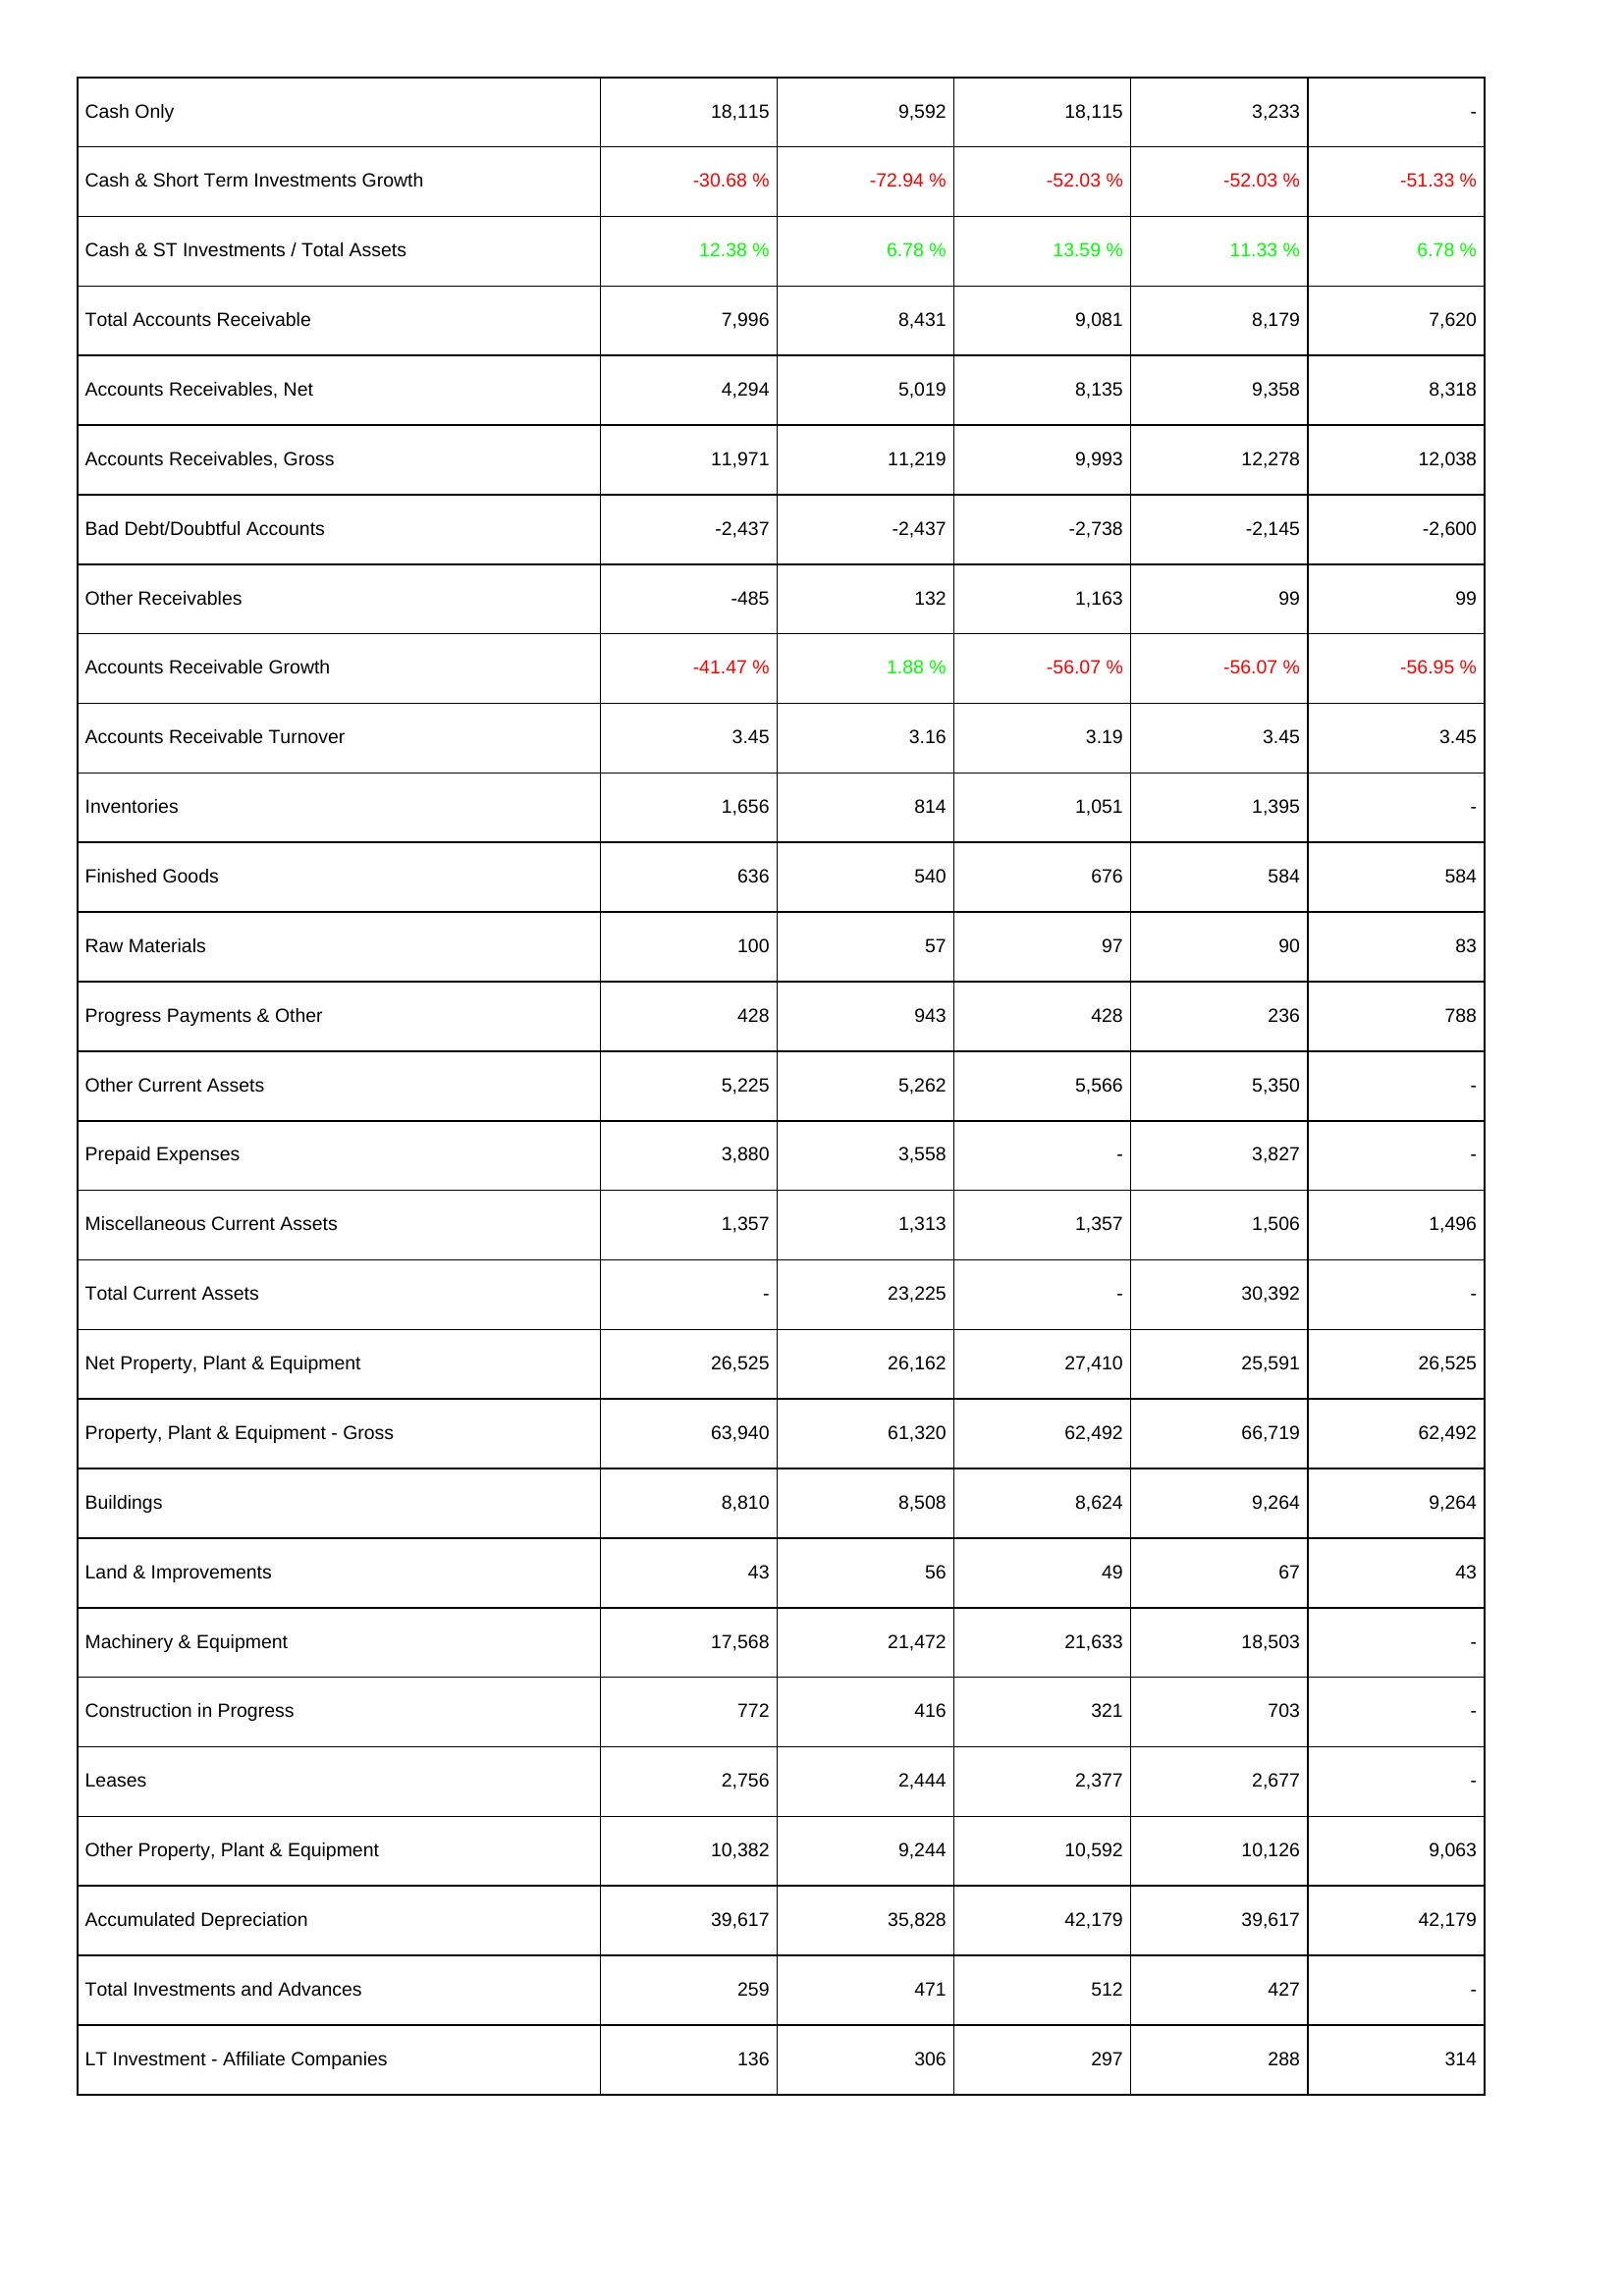
2017: Assets: Cash Only: 18,115
Cash & Short Term Investments Growth: -30.68 %
Cash & ST Investments / Total Assets: 12.38 %
Total Accounts Receivable: 7,996
Accounts Receivables, Net: 4,294
Accounts Receivables, Gross: 11,971
Bad Debt/Doubtful Accounts: -2,437
Other Receivables: -485
Accounts Receivable Growth: -41.47 %
Accounts Receivable Turnover: 3.45
Inventories: 1,656
Finished Goods: 636
Raw Materials: 100
Progress Payments & Other: 428
Other Current Assets: 5,225
Prepaid Expenses: 3,880
Miscellaneous Current Assets: 1,357
Total Current Assets: -
Net Property, Plant & Equipment: 26,525
Property, Plant & Equipment - Gross: 63,940
Buildings: 8,810
Land & Improvements: 43
Machinery & Equipment: 17,568
Construction in Progress: 772
Leases: 2,756
Other Property, Plant & Equipment: 10,382
Accumulated Depreciation: 39,617
Total Investments and Advances: 259
LT Investment - Affiliate Companies: 136
2016: Assets: Cash Only: 9,592
Cash & Short Term Investments Growth: -72.94 %
Cash & ST Investments / Total Assets: 6.78 %
Total Accounts Receivable: 8,431
Accounts Receivables, Net: 5,019
Accounts Receivables, Gross: 11,219
Bad Debt/Doubtful Accounts: -2,437
Other Receivables: 132
Accounts Receivable Growth: 1.88 %
Accounts Receivable Turnover: 3.16
Inventories: 814
Finished Goods: 540
Raw Materials: 57
Progress Payments & Other: 943
Other Current Assets: 5,262
Prepaid Expenses: 3,558
Miscellaneous Current Assets: 1,313
Total Current Assets: 23,225
Net Property, Plant & Equipment: 26,162
Property, Plant & Equipment - Gross: 61,320
Buildings: 8,508
Land & Improvements: 56
Machinery & Equipment: 21,472
Construction in Progress: 416
Leases: 2,444
Other Property, Plant & Equipment: 9,244
Accumulated Depreciation: 35,828
Total Investments and Advances: 471
LT Investment - Affiliate Companies: 306
2015: Assets: Cash Only: 18,115
Cash & Short Term Investments Growth: -52.03 %
Cash & ST Investments / Total Assets: 13.59 %
Total Accounts Receivable: 9,081
Accounts Receivables, Net: 8,135
Accounts Receivables, Gross: 9,993
Bad Debt/Doubtful Accounts: -2,738
Other Receivables: 1,163
Accounts Receivable Growth: -56.07 %
Accounts Receivable Turnover: 3.19
Inventories: 1,051
Finished Goods: 676
Raw Materials: 97
Progress Payments & Other: 428
Other Current Assets: 5,566
Prepaid Expenses: -
Miscellaneous Current Assets: 1,357
Total Current Assets: -
Net Property, Plant & Equipment: 27,410
Property, Plant & Equipment - Gross: 62,492
Buildings: 8,624
Land & Improvements: 49
Machinery & Equipment: 21,633
Construction in Progress: 321
Leases: 2,377
Other Property, Plant & Equipment: 10,592
Accumulated Depreciation: 42,179
Total Investments and Advances: 512
LT Investment - Affiliate Companies: 297
2014: Assets: Cash Only: 3,233
Cash & Short Term Investments Growth: -52.03 %
Cash & ST Investments / Total Assets: 11.33 %
Total Accounts Receivable: 8,179
Accounts Receivables, Net: 9,358
Accounts Receivables, Gross: 12,278
Bad Debt/Doubtful Accounts: -2,145
Other Receivables: 99
Accounts Receivable Growth: -56.07 %
Accounts Receivable Turnover: 3.45
Inventories: 1,395
Finished Goods: 584
Raw Materials: 90
Progress Payments & Other: 236
Other Current Assets: 5,350
Prepaid Expenses: 3,827
Miscellaneous Current Assets: 1,506
Total Current Assets: 30,392
Net Property, Plant & Equipment: 25,591
Property, Plant & Equipment - Gross: 66,719
Buildings: 9,264
Land & Improvements: 67
Machinery & Equipment: 18,503
Construction in Progress: 703
Leases: 2,677
Other Property, Plant & Equipment: 10,126
Accumulated Depreciation: 39,617
Total Investments and Advances: 427
LT Investment - Affiliate Companies: 288
2013: Assets: Cash Only: -
Cash & Short Term Investments Growth: -51.33 %
Cash & ST Investments / Total Assets: 6.78 %
Total Accounts Receivable: 7,620
Accounts Receivables, Net: 8,318
Accounts Receivables, Gross: 12,038
Bad Debt/Doubtful Accounts: -2,600
Other Receivables: 99
Accounts Receivable Growth: -56.95 %
Accounts Receivable Turnover: 3.45
Inventories: -
Finished Goods: 584
Raw Materials: 83
Progress Payments & Other: 788
Other Current Assets: -
Prepaid Expenses: -
Miscellaneous Current Assets: 1,496
Total Current Assets: -
Net Property, Plant & Equipment: 26,525
Property, Plant & Equipment - Gross: 62,492
Buildings: 9,264
Land & Improvements: 43
Machinery & Equipment: -
Construction in Progress: -
Leases: -
Other Property, Plant & Equipment: 9,063
Accumulated Depreciation: 42,179
Total Investments and Advances: -
LT Investment - Affiliate Companies: 314